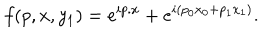
f ( p , x , y _ { 1 } ) = e ^ { i p . x } + e ^ { i ( p _ { 0 } x _ { 0 } + p _ { 1 } x _ { 1 } ) } .